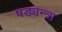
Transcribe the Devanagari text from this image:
षड्यन्त्रा